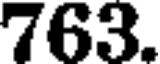
763.